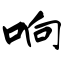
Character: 响